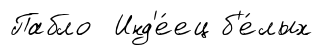
Пабло Инд'е́ец б'е́лых